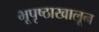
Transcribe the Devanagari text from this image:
भूपृष्ठाखालून